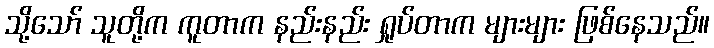
သို့သော် သူတို့က ကူတာက နည်းနည်း ရှုပ်တာက များများ ဖြစ်နေသည်။